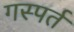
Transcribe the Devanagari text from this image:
गस्पर्त